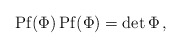
\begin{align*}{\rm Pf} (\Phi) \, {\rm Pf} (\Phi)= \det \Phi \, ,\end{align*}